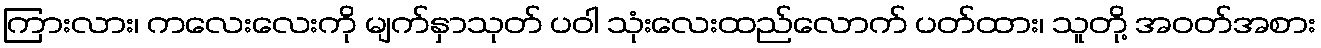
ကြားလား၊ ကလေးလေးကို မျက်နှာသုတ် ပဝါ သုံးလေးထည်လောက် ပတ်ထား၊ သူတို့ အဝတ်အစား